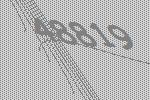
48819